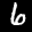
Label: 6